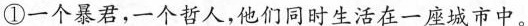
①一个暴君，一个哲人，他们同时生活在一座城市中。